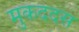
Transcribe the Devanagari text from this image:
मुकददस